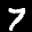
Label: 7